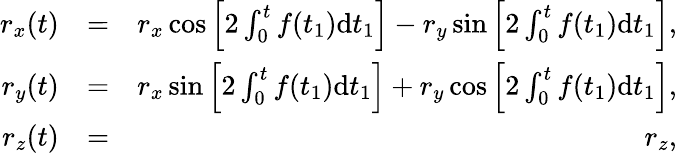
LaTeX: \begin{array}{rlr}{r_{x}(t)}&{=}&{r_{x}\cos\left[2\int_{0}^{t}f(t_{1})\mathrm{d}t_{1}\right]-r_{y}\sin\left[2\int_{0}^{t}f(t_{1})\mathrm{d}t_{1}\right],}\\ {r_{y}(t)}&{=}&{r_{x}\sin\left[2\int_{0}^{t}f(t_{1})\mathrm{d}t_{1}\right]+r_{y}\cos\left[2\int_{0}^{t}f(t_{1})\mathrm{d}t_{1}\right],}\\ {r_{z}(t)}&{=}&{r_{z},}\end{array}